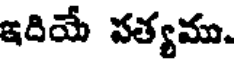
ఇదియే సత్యము.